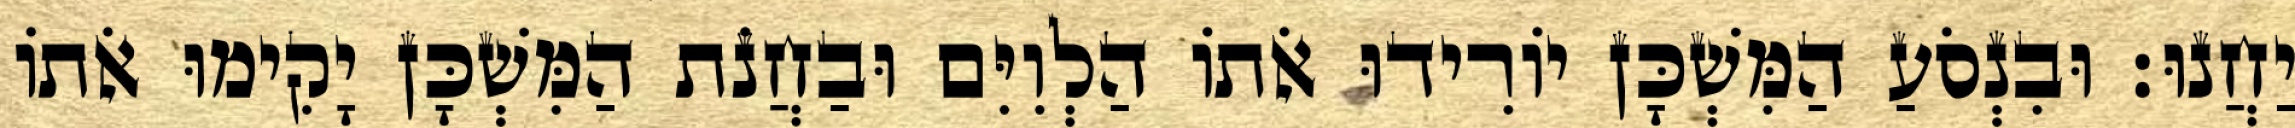
יַחֲנוּ׃ וּבִנְסֹעַ הַמִּשְׁכָּן יוֹרִידוּ אֹתוֹ הַלְוִיִּם וּבַחֲנֹת הַמִּשְׁכָּן יָקִימוּ אֹתוֹ